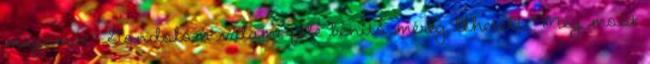
magamat. Gondolom valami féle bénító méreg lehetett. Még most